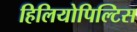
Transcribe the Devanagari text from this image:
हिलियोपिल्टिस